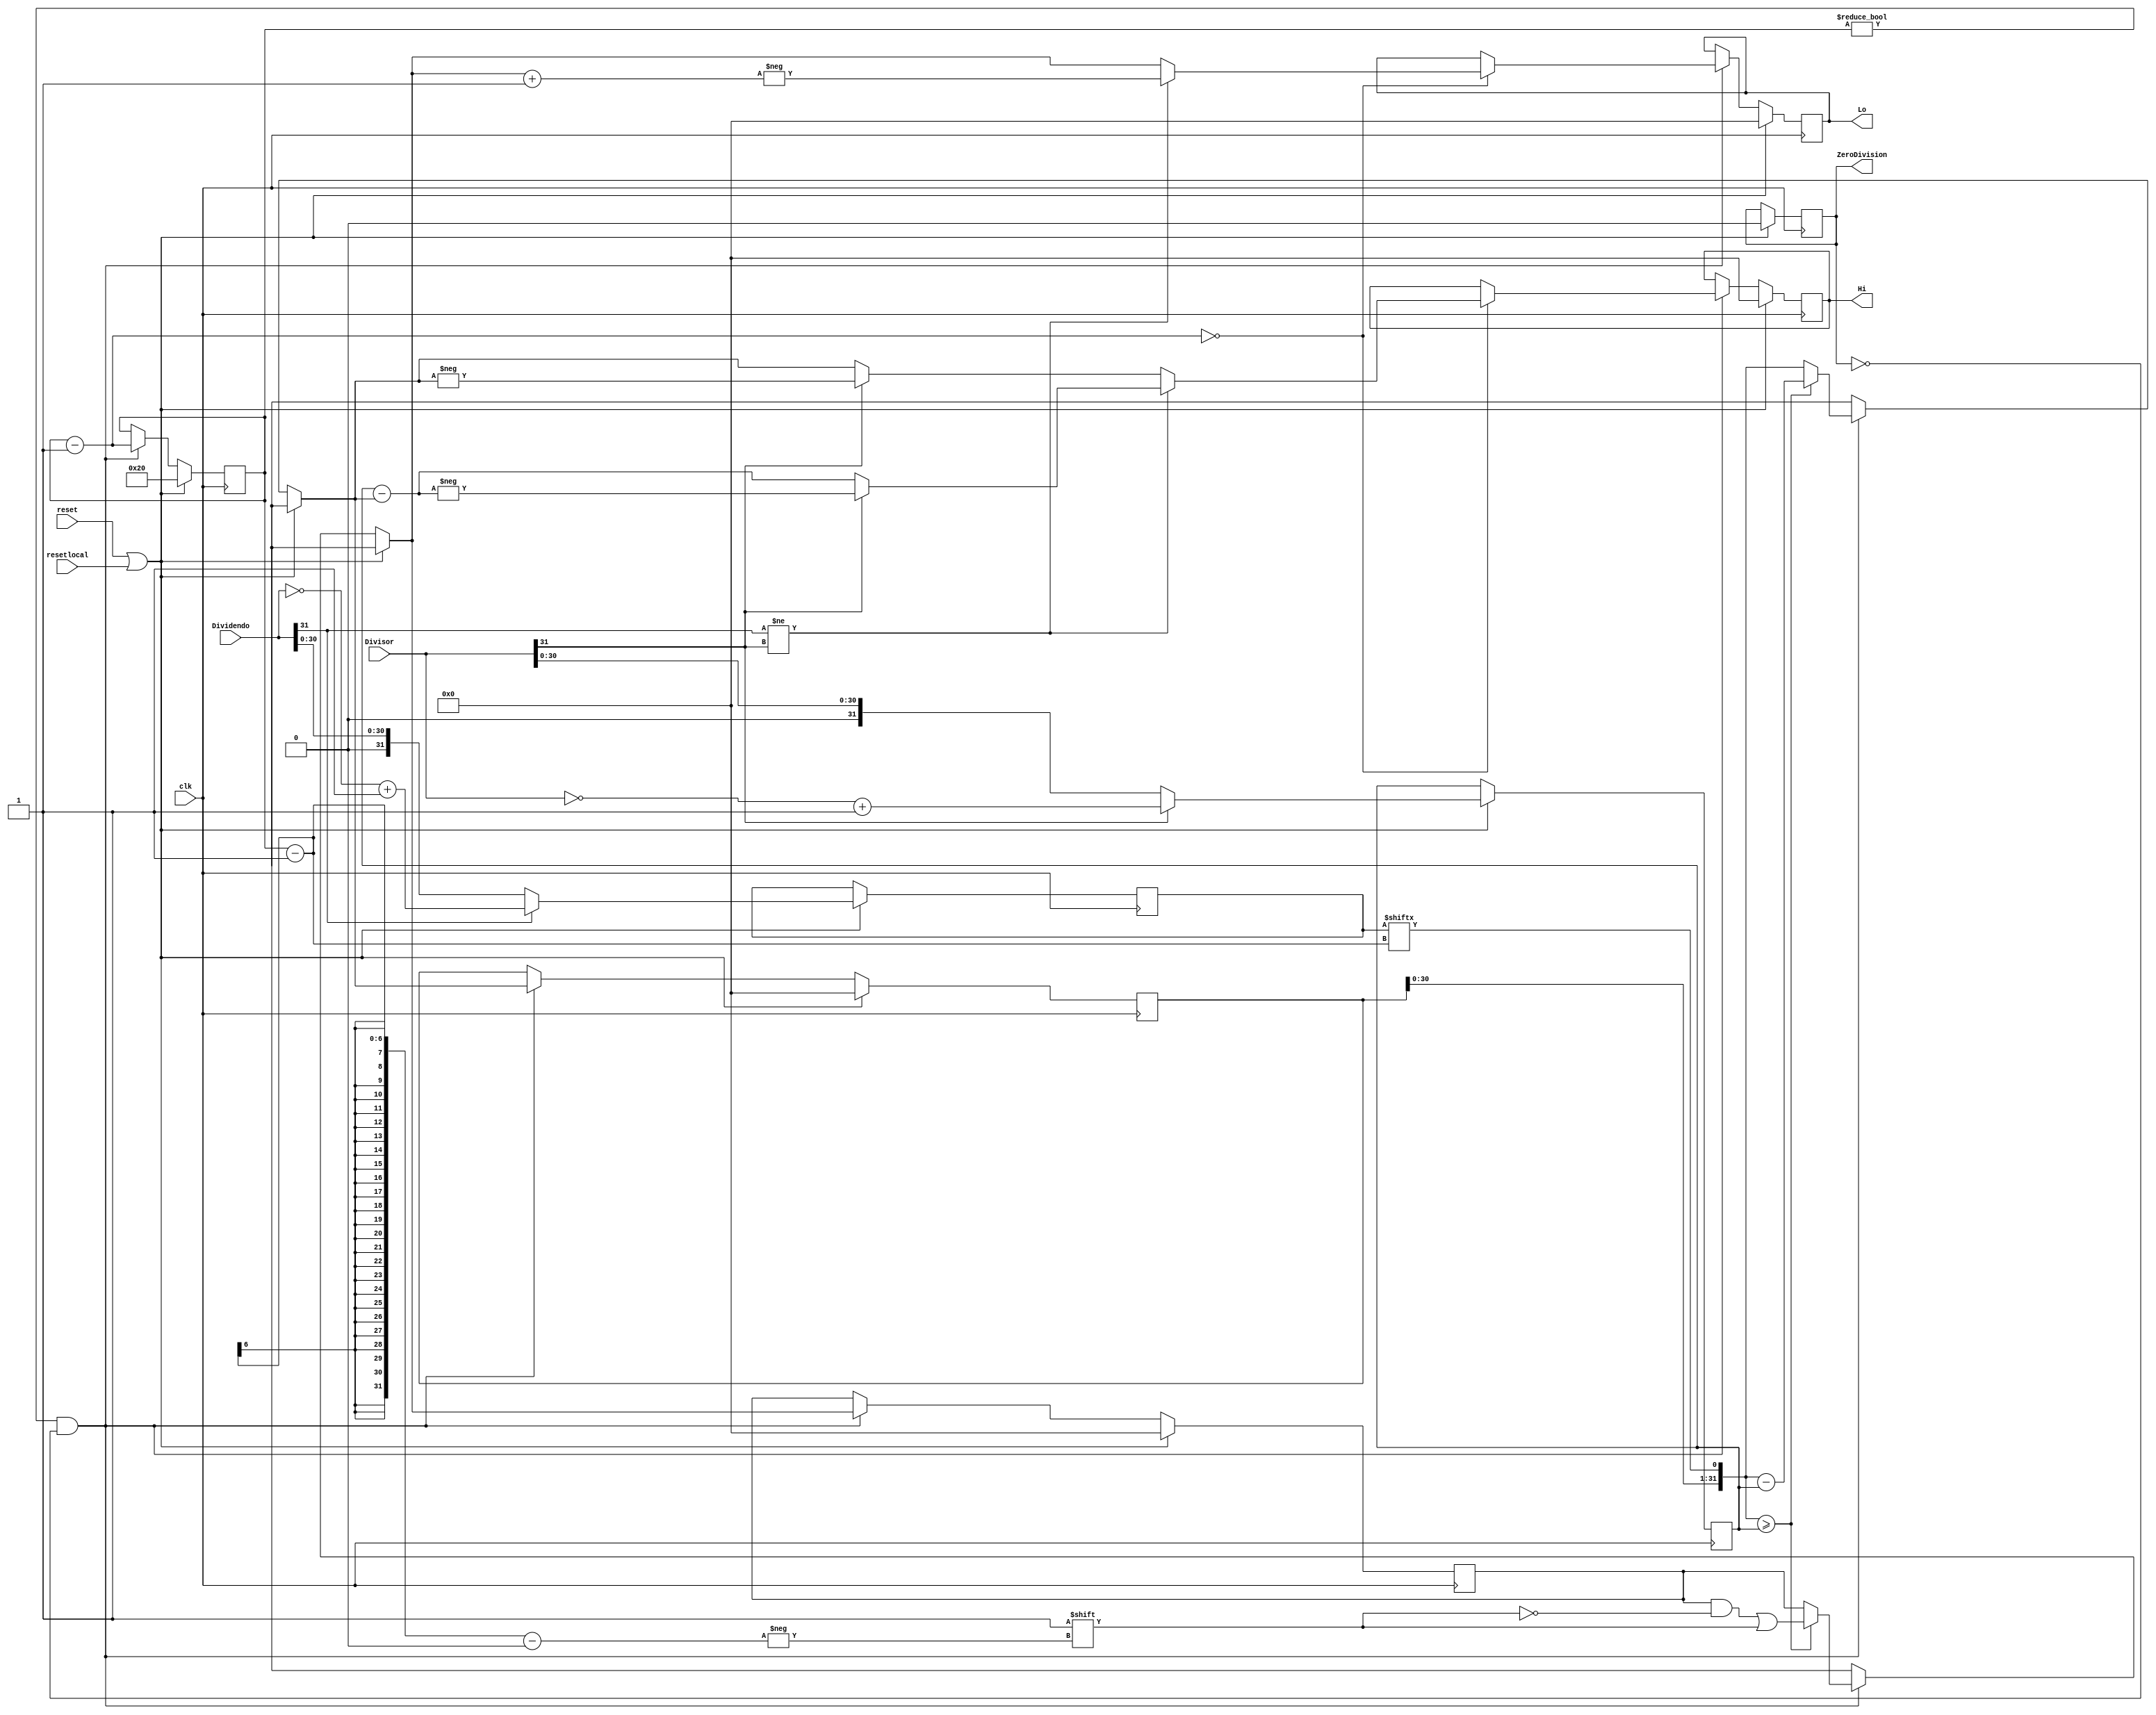
module Div (input wire clk, reset, resetlocal,
            input wire [31:0] Dividendo, Divisor,
            output reg ZeroDivision,
            output reg [31:0] Hi, Lo
);
    reg [31:0] divs, divd;
    reg [31:0] quociente, resto;
    reg [5:0] digito_atual;

    always @ (posedge clk) begin
        if (reset == 1'b1 | resetlocal == 1'b1) begin
            Hi = 32'b0;
			Lo  = 32'b0;
            ZeroDivision = 1'b0;
            digito_atual = 6'd32;
            quociente = 32'b0;
            resto = 32'b0;
            
            if (Divisor[31] == 1'b1) begin
                divs = ~Divisor + 1'b1;
            end else begin
                divs = Divisor;
            end

            if (Dividendo[31] == 1'b1) begin
                divd = ~Dividendo + 1'b1;
            end else begin
                divd = Dividendo;
            end
            
        end else if (digito_atual != 6'd000000 && !ZeroDivision) begin
            resto = resto << 1;
            resto[0] = divd[digito_atual-1];

            if (resto >= divs) begin
                resto = resto - divs;
                quociente[digito_atual-1] = 1'b1;
            end

            digito_atual = digito_atual - 1'b1;
            if (digito_atual == 6'd000000) begin
                if (Dividendo[31] != Divisor[31]) begin
                    Lo = -(quociente+1'b1);
                end else begin
                    Lo = quociente;
                end

                if (Dividendo[31] != Divisor[31]) begin
                    if (Divisor[31] == 1'b1) begin
                        Hi = -(divs-resto);
                    end else begin
                        Hi = divs-resto;
                    end
                end else begin
                    if (Divisor[31] == 1'b1) begin
                        Hi = -resto;
                    end else begin
                        Hi = resto;
                    end
                end
            end
        end
    end
endmodule